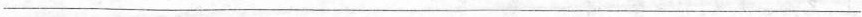
___